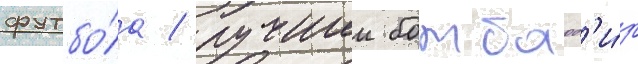
футбо́ла / лучшии бомбард'и́р